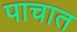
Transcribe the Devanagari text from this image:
पाचात